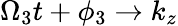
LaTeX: \Omega_{3}t+\phi_{3}\rightarrow k_{z}